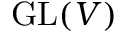
\operatorname { G L } ( V )